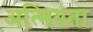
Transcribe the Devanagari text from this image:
अत्मियता